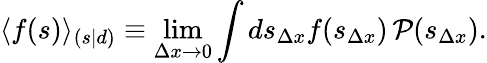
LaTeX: \langle f(s)\rangle_{(s|d)}\equiv\operatorname*{lim}_{\Delta x\rightarrow 0}\int ds_{\Delta x}f(s_{\Delta x})\, {\mathcal{P}}(s_{\Delta x}).